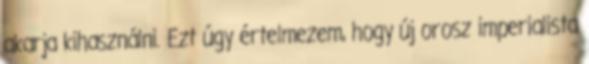
akarja kihasználni. Ezt úgy értelmezem, hogy új orosz imperialista